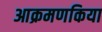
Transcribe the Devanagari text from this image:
आक्रमणकिया